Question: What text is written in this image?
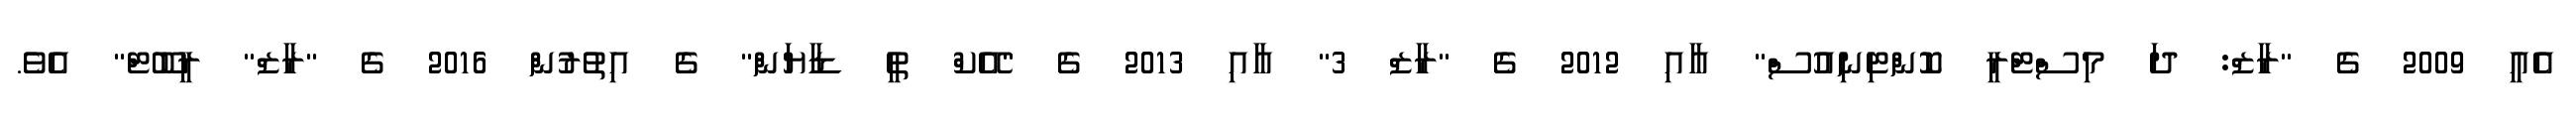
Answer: އެއީ 2009 ގެ "ރާޒް: ދަ މިސްޓްރީ ކޮންޓިނިއުސް" އާއި 2012 ގެ "ރާޒް 3" އާއި 2013 ގެ "އޭކް ތީ ޑާޔަން" ގެ އިތުރުން 2016 ގެ "ރާޒް" ރީބޫޓް" އެވެ.